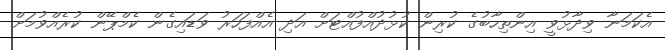
އެކަމަނާ ވިދާޅުވީ އިންތިހާބުގެ ކުރިން ކުޅުދުއްފުއްޓަށް އަދި އެއްފަހަރު ވަޑައިގެން ކެމްޕޭން ކުރެއްވުމަށް